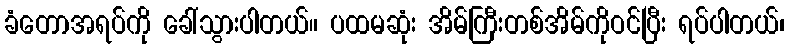
ခံတောအရပ်ကို ခေါ်သွားပါတယ်။ ပထမဆုံး အိမ်ကြီးတစ်အိမ်ကိုဝင်ပြီး ရပ်ပါတယ်၊